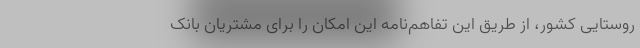
روستایی کشور، از طریق این تفاهم‌نامه این امکان را برای مشتریان بانک